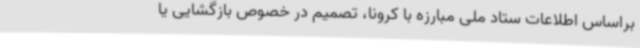
براساس اطلاعات ستاد ملی مبارزه با کرونا، تصمیم در خصوص بازگشایی یا